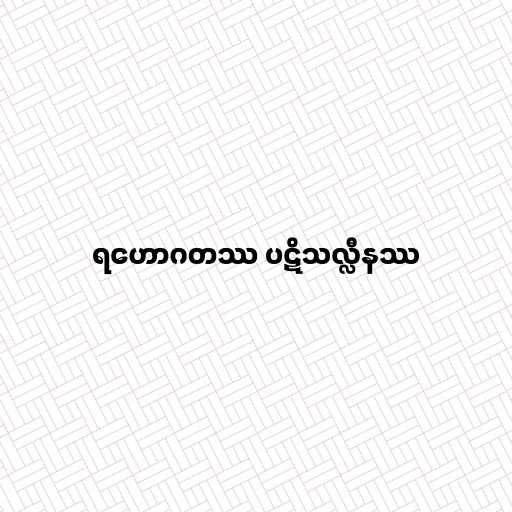
ရဟောဂတဿ ပဋိသလ္လီနဿ